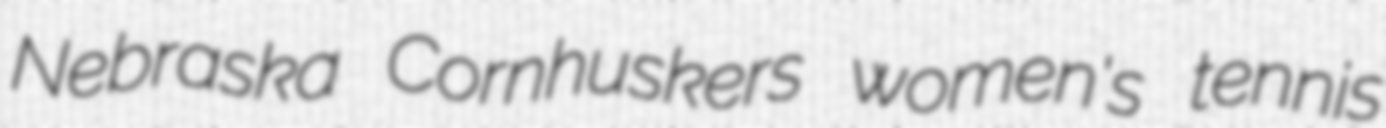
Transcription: Nebraska Cornhuskers women's tennis